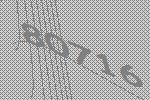
80716